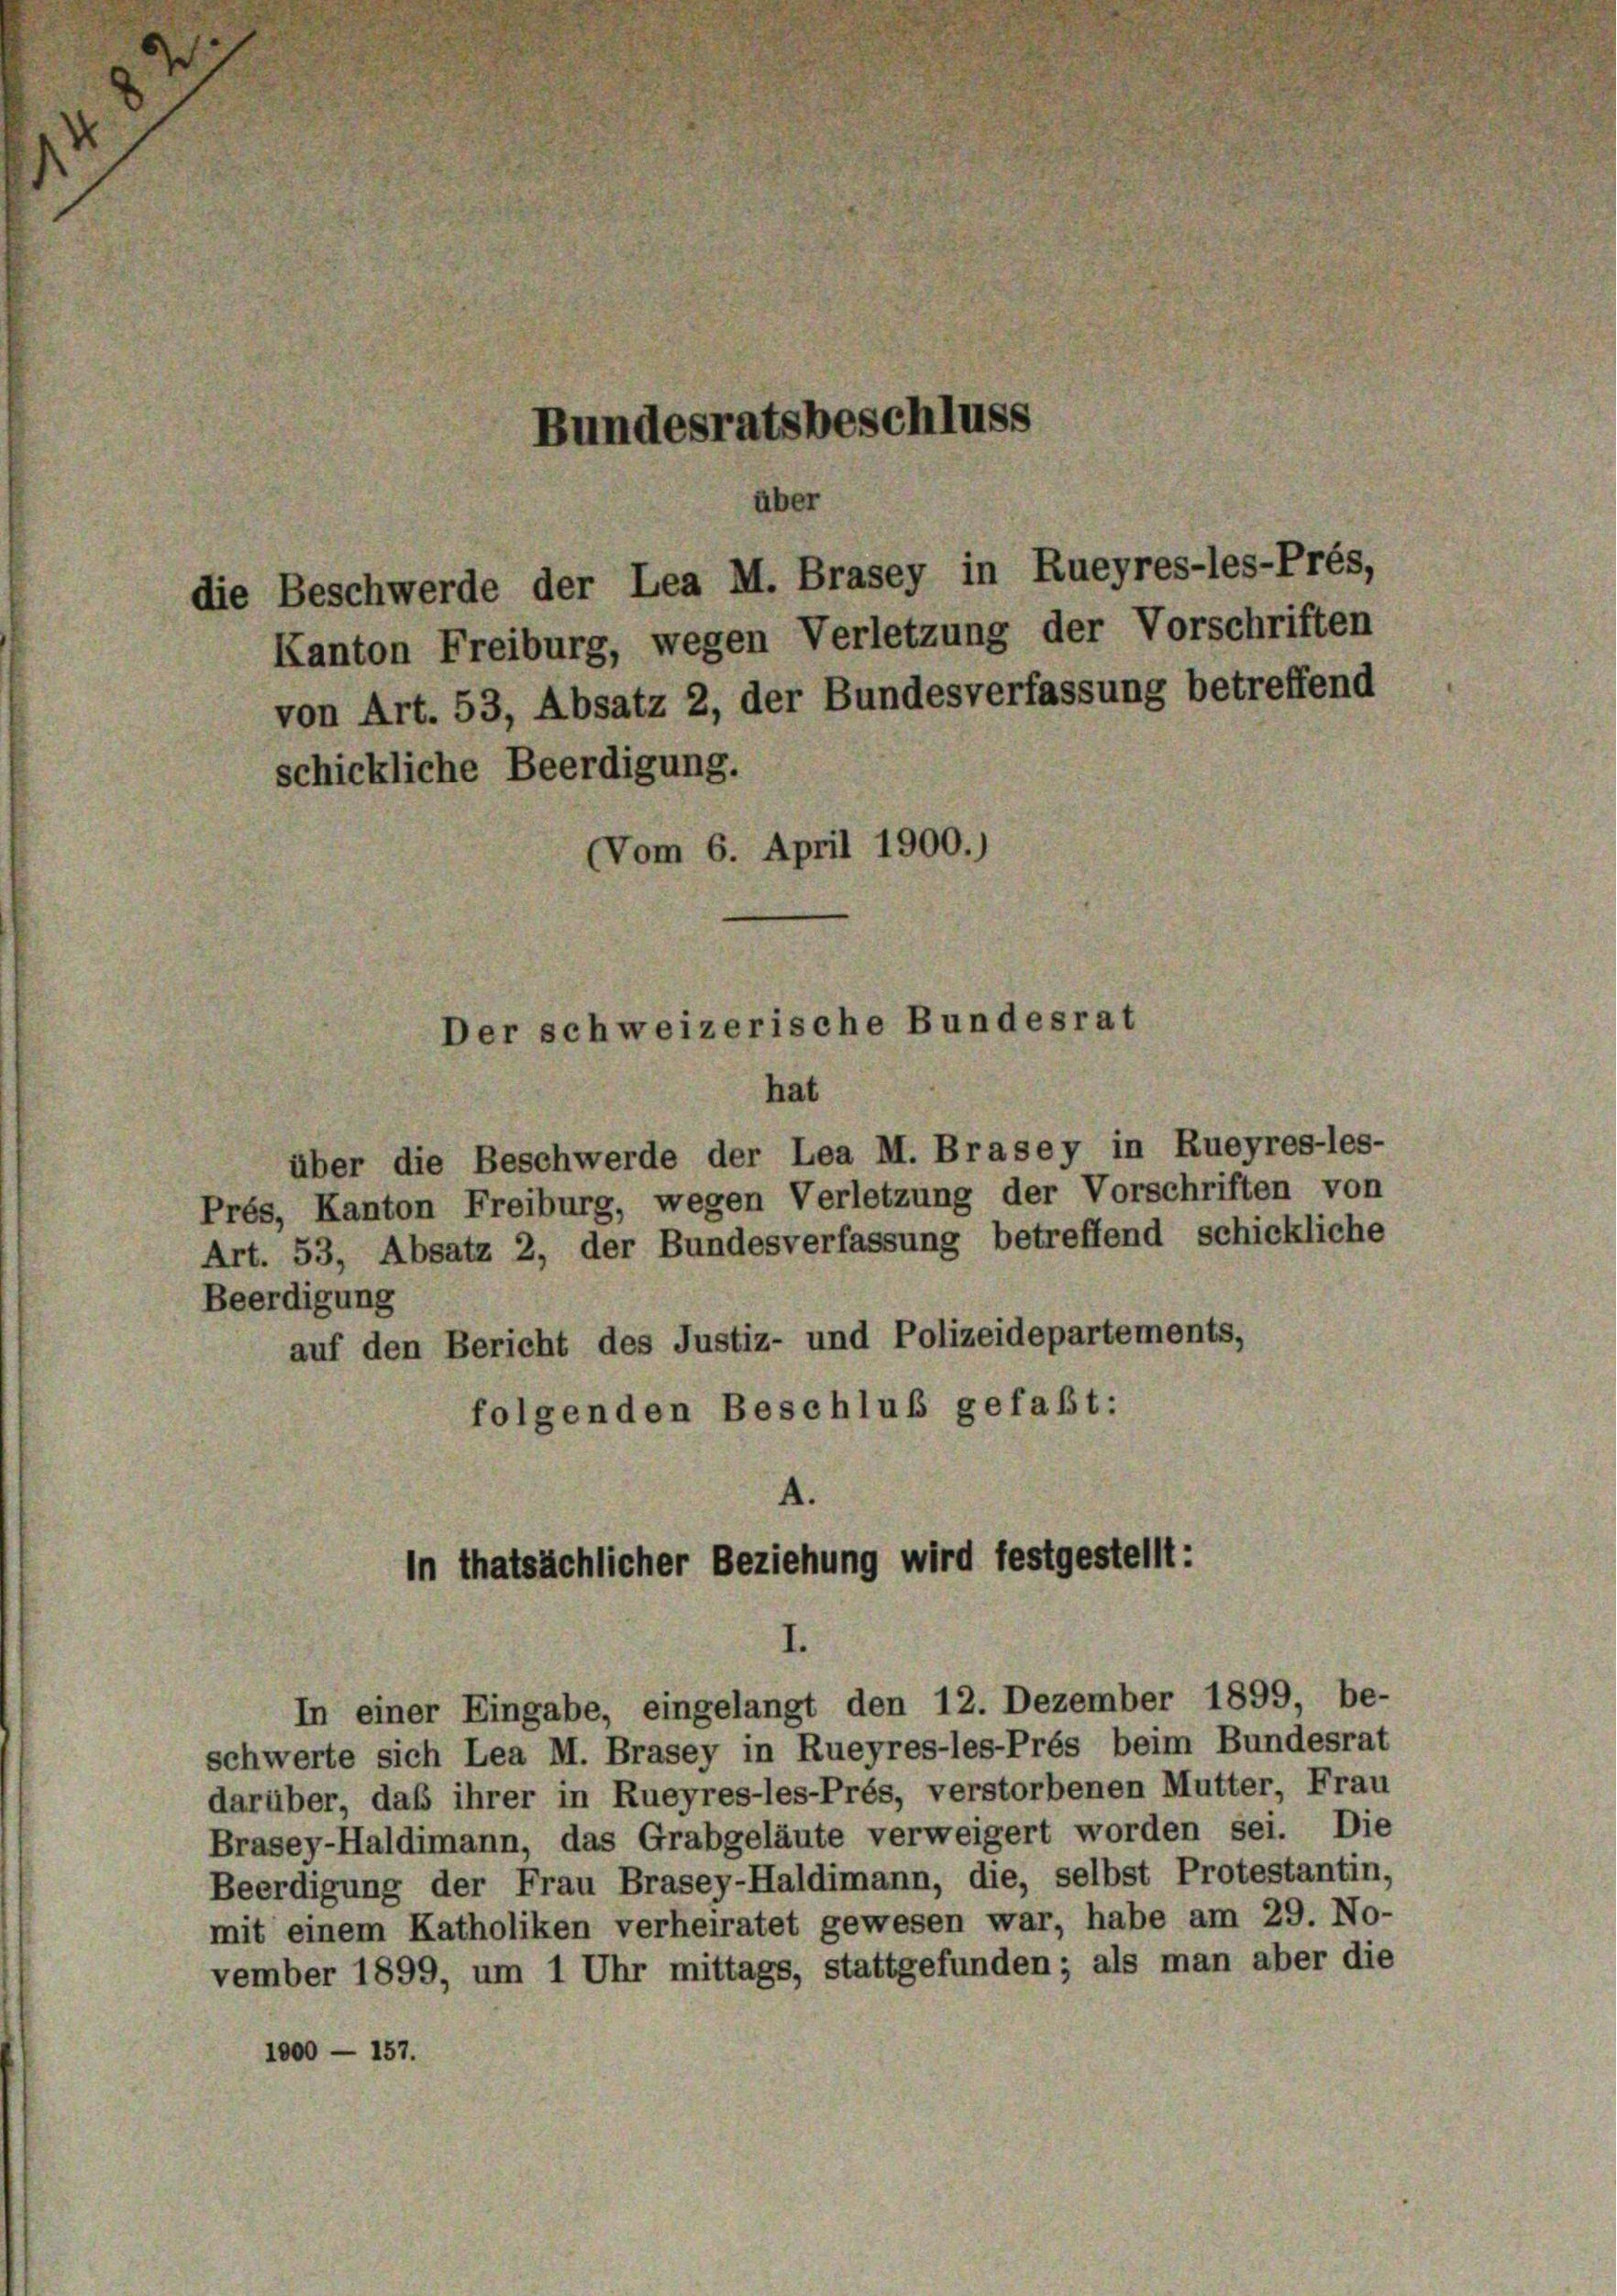
die Beschwerde der Lea M. Brasey in Rueyres-les-Prés,
Kanton Freiburg, wegen Verletzung der Vorschriften
von Art. 53, Absatz 2, der Bundesverfassung betreffend
schickliche Beerdigung.
Vom 6. April 1900.)

hat
über die Beschwerde der Lea M. Brasey in Rueyres-les-
Prés, Kanton Freiburg, wegen Verletzung der Vorschriften von
Art. 53, Absatz 2, der Bundesverfassung betreffend schickliche
Beerdigung
auf den Bericht des Justiz- und Polizeidepartements,
folgenden Beschluß gefaßt:
4.

Bundesratsbeschluss

über

Der schweizerische Bundesrat

in thatsächlicher Beziehung wird festgestellt:
I.

In einer Eingabe, eingelangt den 12. Dezember 1899, be-
schwerte sich Lea M. Brasey in Rueyres-les-Prés beim Bundesrat
darüber, daß ihrer in Rueyres-les-Prés, verstorbenen Mutter, Frau
Brasey-Haldimann, das Grabgeläute verweigert worden sei. Die
Beerdigung der Frau Brasey-Haldimann, die, selbst Protestantin,
mit einem Katholiken verheiratet gewesen war, habe am 29. No-
vember 1899, um 1 Uhr mittags, stattgefunden; als man aber die
1000 — 157.